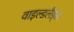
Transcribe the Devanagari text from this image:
वाइल्डलैंड्स